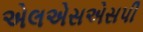
એલએસએસપી